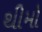
થીમો